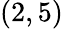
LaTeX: (2,5)